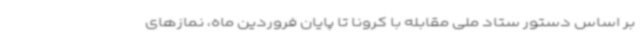
بر اساس دستور ستاد ملی مقابله با کرونا تا پایان فروردین ماه، نمازهای